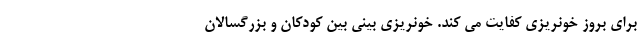
برای بروز خونریزی کفایت می کند. خونریزی بینی بین کودکان و بزرگسالان